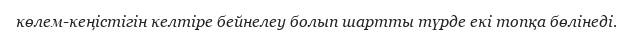
көлем-кеңістігін келтіре бейнелеу болып шартты түрде екі топқа бөлінеді.